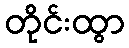
တိုင်းထွာ